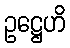
ဥဋ္ဌေဟိ